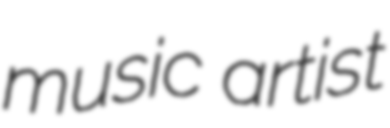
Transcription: music artist